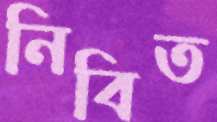
নিবিত